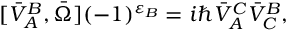
[ \bar { V } _ { A } ^ { B } , \bar { \Omega } ] ( - 1 ) ^ { \varepsilon _ { B } } = i \hbar \bar { V } _ { A } ^ { C } \bar { V } _ { C } ^ { B } ,